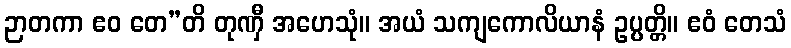
ဉာတကာ ဧဝ တေ”တိ တုဏှီ အဟေသုံ။ အယံ သကျကောလိယာနံ ဥပ္ပတ္တိ။ ဧဝံ တေသံ